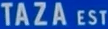
TAZA EST